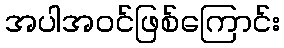
အပါအဝင်ဖြစ်ကြောင်း